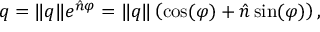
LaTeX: q = \| q \| e ^ { { \hat { n } } \varphi } = \| q \| \left( \cos ( \varphi ) + { \hat { n } } \sin ( \varphi ) \right) ,